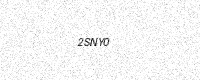
Text: 2SNY0